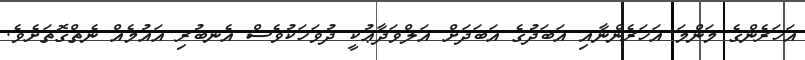
އަހަރެންގެ މަންމަ އަހަރެންނާއި އަބަދުގެ އަބަދަށް އަލްވަދާޢުކީ ދުވަހަކުވެސް އެނބުރި އައުމެއް ނެތްގޮތަށެވެ.